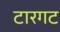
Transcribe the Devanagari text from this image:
टारगट